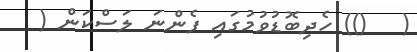
(   ()) ހެދިބޮޑުވުމުގައި ފެންނަ ލަސްކަން (